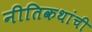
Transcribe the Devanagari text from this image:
नीतिकथांची